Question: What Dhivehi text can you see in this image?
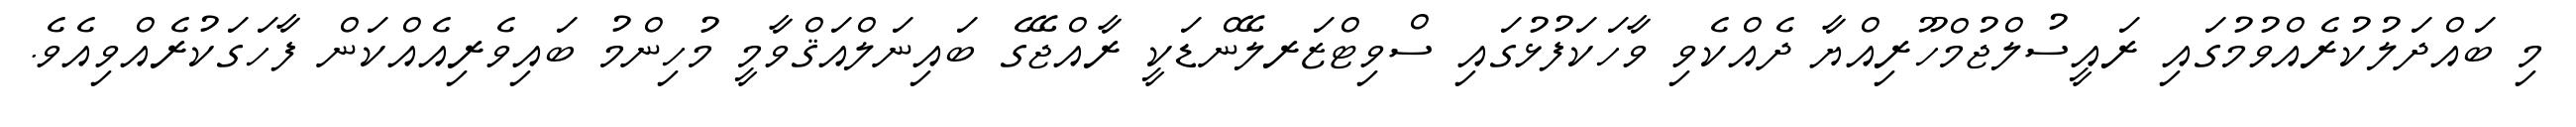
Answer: މި ބައްދަލުކުރެއްވުމުގައި ރައީސުލްޖުމްހޫރިއްޔާ ދެއްކެވި ވާހަކަފުޅުގައި ސްވިޓްޒަރލޭންޑަކީ ރާއްޖޭގެ ބައިނަލްއަޤްވާމީ މުހިންމު ބައިވެރިއެއްކަން ފާހަގަކުރެއްވިއެވެ.